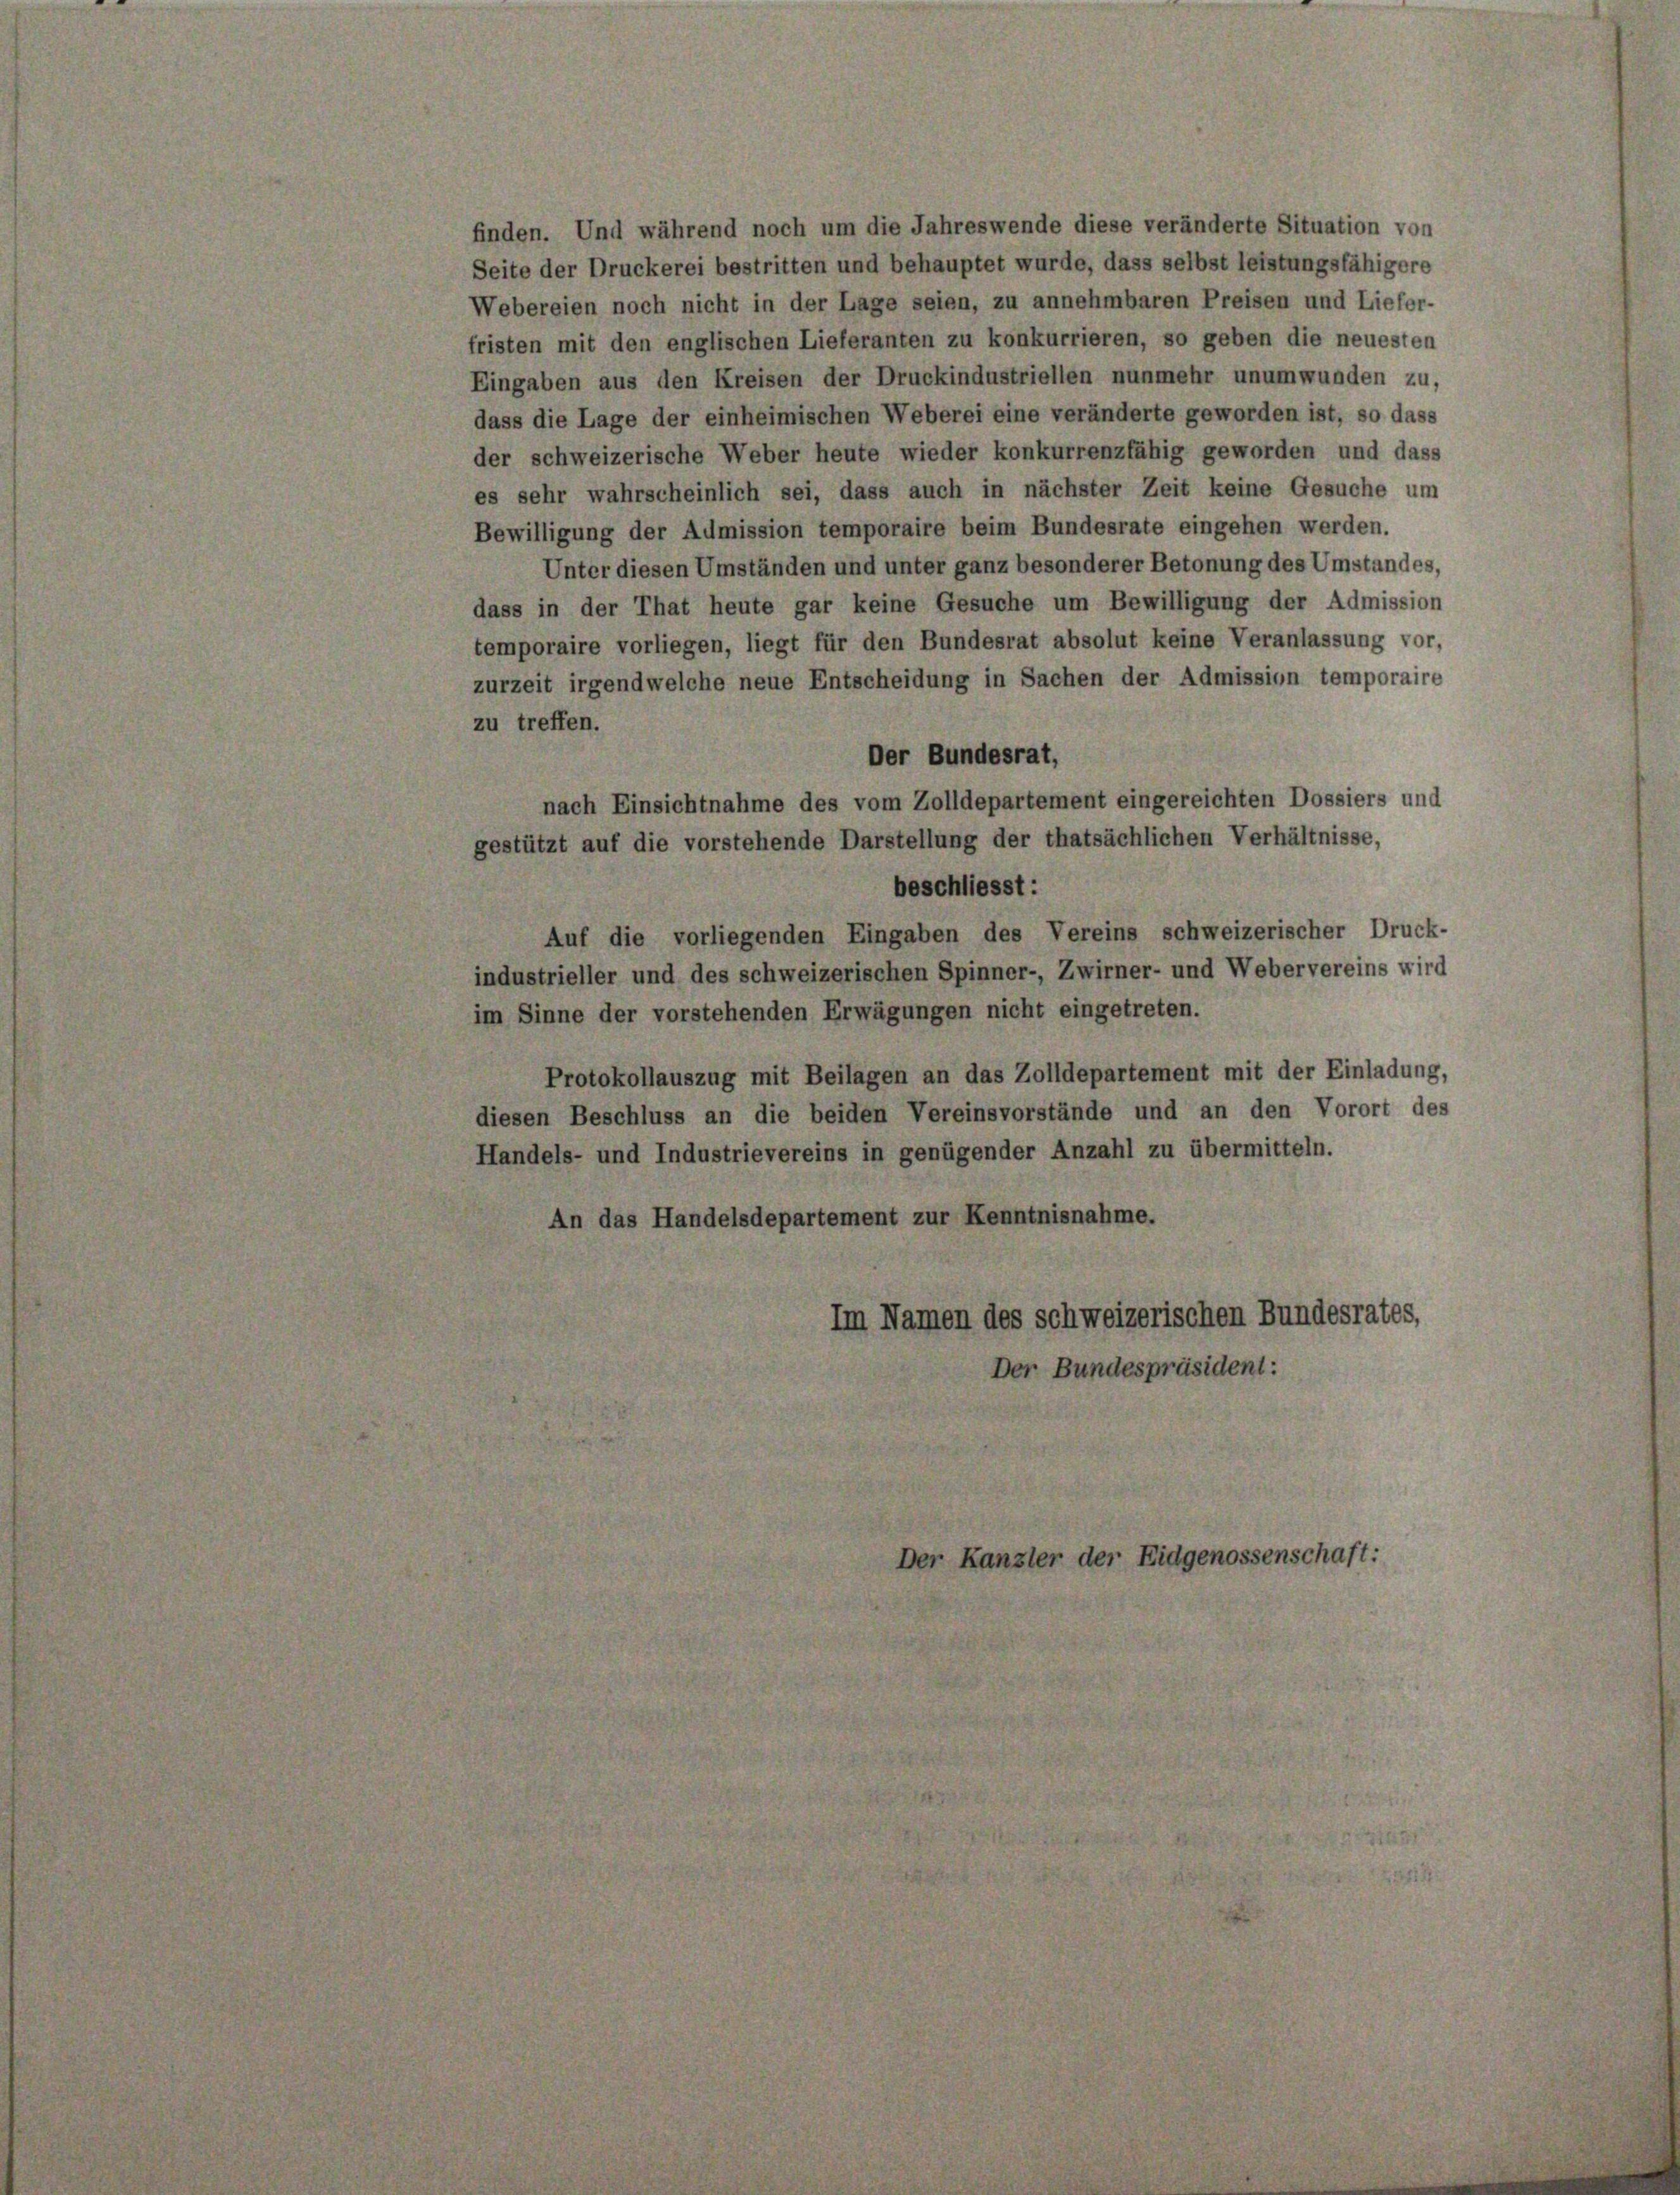
finden. Und während noch um die Jahreswende diese veränderte Situation von
Seite der Druckerei bestritten und behauptet wurde, dass selbst leistungsfähigere
Webereien noch nicht in der Lage seien, zu annehmbaren Preisen und Liefer-
fristen mit den englischen Lieferanten zu konkurrieren, so geben die neuesten
Eingaben aus den Kreisen der Druckindustriellen nunmehr unumwunden zu,
dass die Lage der einheimischen Weberei eine veränderte geworden ist, so dass
der schweizerische Weber heute wieder konkurrenzfähig geworden und dass
es sehr wahrscheinlich sei, dass auch in nächster Zeit keine Gesuche um
Bewilligung der Admission temporaire beim Bundesrate eingehen werden.
Unter diesen Umständen und unter ganz besonderer Betonung des Umstandes,
dass in der That heute gar keine Gesuche um Bewilligung der Admission
temporaire vorliegen, liegt für den Bundesrat absolut keine Veranlassung vor,
zurzeit irgendwelche neue Entscheidung in Sachen der Admission temporaire
zu treffen.
Der Bundesrat,
nach Einsichtnahme des vom Zolldepartement eingereichten Dossiers und
gestützt auf die vorstehende Darstellung der thatsächlichen Verhältnisse,
beschliesst:
Auf die vorliegenden Eingaben des Vereins schweizerischer Druck-
industrieller und des schweizerischen Spinner-, Zwirner- und Webervereins wird
im Sinne der vorstehenden Erwägungen nicht eingetreten.
Protokollauszug mit Beilagen an das Zolldepartement mit der Einladung,
diesen Beschluss an die beiden Vereinsvorstände und an den Vorort des
Handels- und Industrievereins in genügender Anzahl zu übermitteln.
An das Handelsdepartement zur Kenntnisnahme.
Im Namen des schweizerischen Bundesrates,
Der Bundespräsident:
Der Kanzler der Eidgenossenschaft: